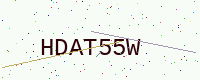
Text: HDAT55W